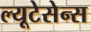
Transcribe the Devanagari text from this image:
ल्यूटेसेन्स